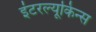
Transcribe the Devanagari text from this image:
इंटरल्यूकिन्स